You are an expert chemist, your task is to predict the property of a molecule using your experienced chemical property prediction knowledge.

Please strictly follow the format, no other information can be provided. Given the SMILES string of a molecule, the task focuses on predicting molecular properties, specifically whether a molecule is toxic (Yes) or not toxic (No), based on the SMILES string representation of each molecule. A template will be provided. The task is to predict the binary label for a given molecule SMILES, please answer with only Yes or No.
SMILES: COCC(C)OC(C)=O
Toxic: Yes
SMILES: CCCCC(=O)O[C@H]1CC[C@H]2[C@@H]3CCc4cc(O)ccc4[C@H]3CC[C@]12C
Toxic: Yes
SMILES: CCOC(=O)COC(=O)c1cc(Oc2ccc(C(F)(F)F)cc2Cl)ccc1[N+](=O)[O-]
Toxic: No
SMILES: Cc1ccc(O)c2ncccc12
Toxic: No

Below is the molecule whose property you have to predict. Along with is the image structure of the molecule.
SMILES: Oc1ccccc1Cl
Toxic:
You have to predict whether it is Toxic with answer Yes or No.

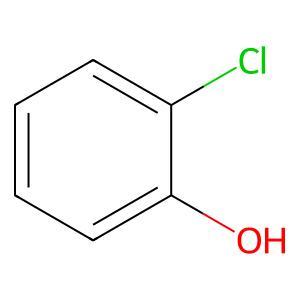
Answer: No